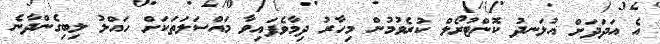
އެ އަދަދަށް އުޅަނދު ކޮންޓުރޯލް ކުރެވުމުން މިހާރު ދިމާވެފައިވާ މައްސަލަތަކަށް ހައްލު ލިބިގެންދާނެ